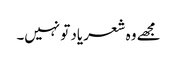
مجھے وہ شعر یاد تو نہیں۔